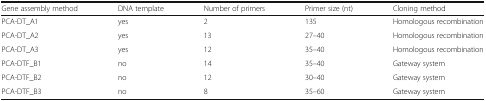
| Gene assembly method | DNA template | Number of primers | Primer size (nt) | Cloning method |
 | --- | --- | --- | --- | --- |
 | PCA-DT_A1 | yes | 2 | 135 | Homologous recombination |
 | PCA-DT_A2 | yes | 13 | 27–40 | Homologous recombination |
 | PCA-DT_A3 | yes | 12 | 35–40 | Homologous recombination |
 | PCA-DTF_B1 | no | 14 | 35–40 | Gateway system |
 | PCA-DTF_B2 | no | 12 | 30–40 | Gateway system |
 | PCA-DTF_B3 | no | 8 | 35–60 | Gateway system |